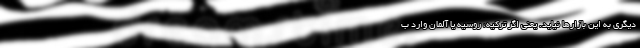
دیگری به این بازارها نیاید. یعنی اگر ترکیه، روسیه یا آلمان وارد ب